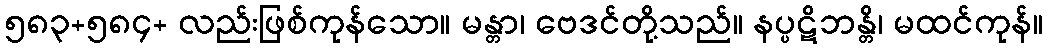
၅၈၃+၅၈၄+ လည်းဖြစ်ကုန်သော။ မန္တာ၊ ဗေဒင်တို့သည်။ နပ္ပဋိဘန္တိ၊ မထင်ကုန်။